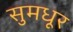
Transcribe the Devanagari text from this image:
सुमधूर